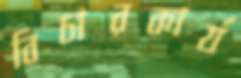
বিচারকার্য